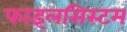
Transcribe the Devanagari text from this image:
फाइलसिस्टम